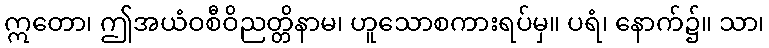
ဣတော၊ ဤအယံဝစီဝိညတ္တိနာမ၊ ဟူသောစကားရပ်မှ။ ပရံ၊ နောက်၌။ သာ၊